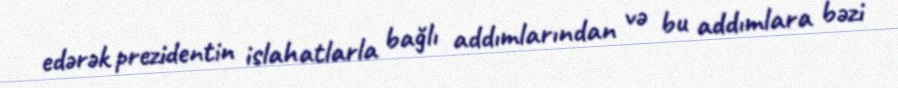
edərək prezidentin islahatlarla bağlı addımlarından və bu addımlara bəzi